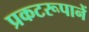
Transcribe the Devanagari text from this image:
प्रकटरूपानें